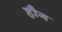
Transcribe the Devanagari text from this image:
हौग